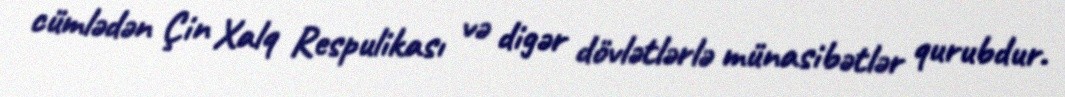
cümlədən Çin Xalq Respulikası və digər dövlətlərlə münasibətlər qurubdur.